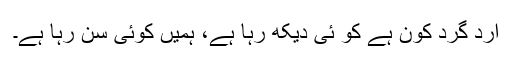
ارد گرد کون ہے کو ئی دیکھ رہا ہے، ہمیں کوئی سن رہا ہے۔